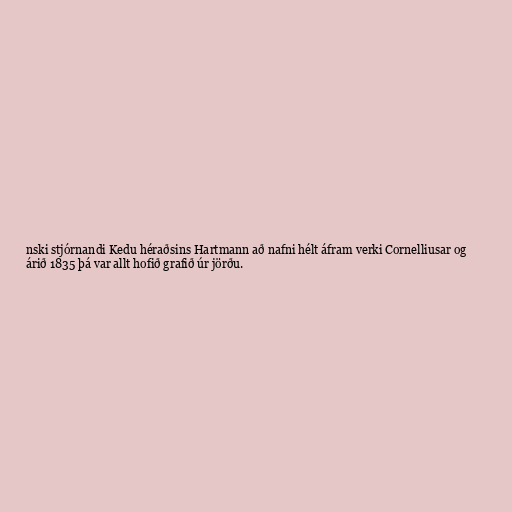
nski stjórnandi Kedu héraðsins Hartmann að nafni hélt áfram verki Cornelliusar og
árið 1835 þá var allt hofið grafið úr jörðu.